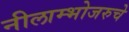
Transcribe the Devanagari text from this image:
नीलाम्भोजरुचे